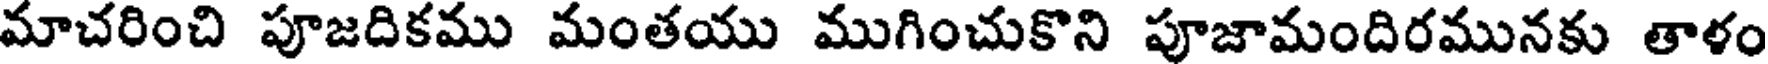
మాచరించి పూజదికము మంతయు ముగించుకొని పూజామందిరమునకు తాళం